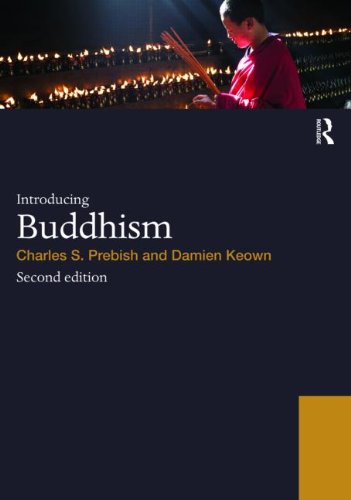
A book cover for Introducing Buddhism (World Religions); Charles S. Prebish; Religion & Spirituality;